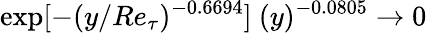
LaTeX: \exp[-(y/Re_{\tau})^{-0.6694}]~(y)^{-0.0805}\rightarrow 0